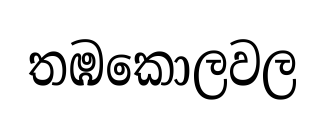
තඹකොලවල